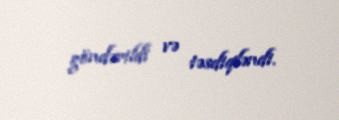
göndərildi və təsdiqləndi.